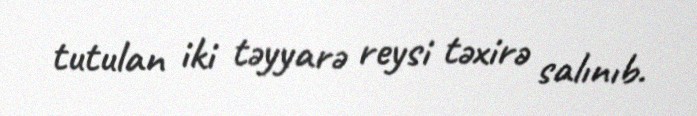
tutulan iki təyyarə reysi təxirə salınıb.